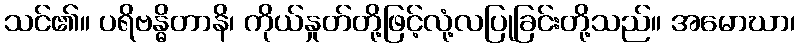
သင်၏။ ပရိဗန္ဓိတာနိ၊ ကိုယ်နှုတ်တို့ဖြင့်လုံ့လပြုခြင်းတို့သည်။ အမောဃာ၊